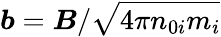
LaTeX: \boldsymbol{b}=\boldsymbol{B}/\sqrt{4\pi n_{0i}m_{i}}